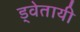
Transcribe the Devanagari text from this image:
ड्वेतायी